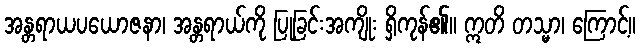
အန္တရာယပယောဇနာ၊ အန္တရာယ်ကို ပြုခြင်းအကျိုး ရှိကုန်၏။ ဣတိ တသ္မာ၊ ကြောင့်။